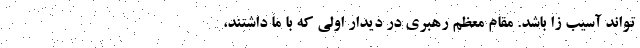
تواند آسیب زا باشد. مقام معظم رهبری در دیدار اولی که با ما داشتند،